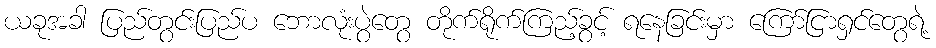
ယခုအခါ ပြည်တွင်းပြည်ပ ဘောလုံးပွဲတွေ တိုက်ရိုက်ကြည့်ခွင့် ရနေခြင်းမှာ ကြော်ငြာရှင်တွေရဲ့